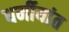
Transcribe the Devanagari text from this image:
धर्मीयांत